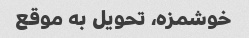
خوشمزه، تحویل به موقع